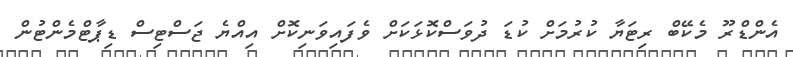
އެންޑްރޫ މެކޭބް ރިޓަޔާ ކުރުމަށް ކުޑަ ދުވަސްކޮޅަކަށް ވެފައިވަނިކޮށް އިއްޔެ ޖަސްޓިސް ޑިޕާޓްމެންޓުން